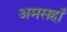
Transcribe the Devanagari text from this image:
अमसहाँ